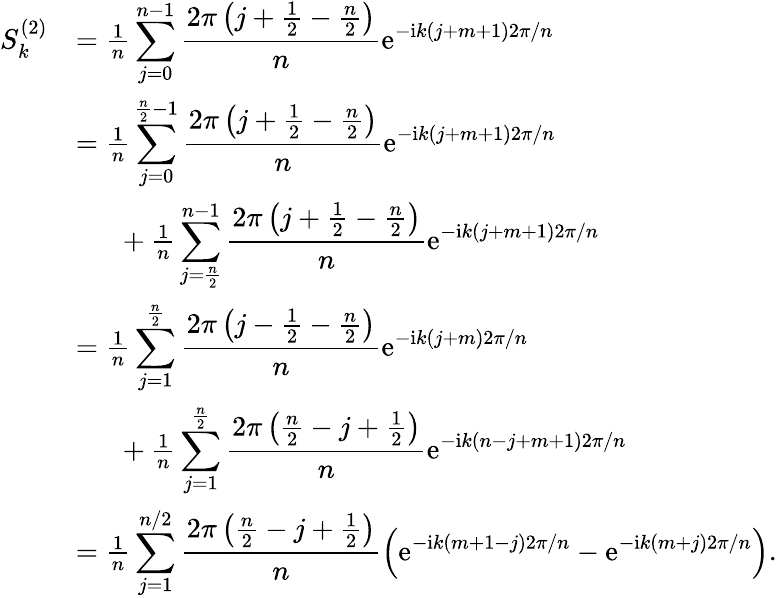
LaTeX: \begin{array}{rl}{S_{k}^{(2)}}&{=\frac{1}{n}\displaystyle\sum_{j=0}^{n-1}\frac{2\pi\left(j+\frac{1}{2}-\frac{n}{2}\right)}{n}\mathrm{e}^{-\mathrm{i}k(j+m+1)2\pi/n}}\\ &{=\frac{1}{n}\displaystyle\sum_{j=0}^{\frac{n}{2}-1}\frac{2\pi\left(j+\frac{1}{2}-\frac{n}{2}\right)}{n}\mathrm{e}^{-\mathrm{i}k(j+m+1)2\pi/n}}\\ &{\phantom{2pc}+\frac{1}{n}\displaystyle\sum_{j=\frac{n}{2}}^{n-1}\frac{2\pi\left(j+\frac{1}{2}-\frac{n}{2}\right)}{n}\mathrm{e}^{-\mathrm{i}k(j+m+1)2\pi/n}}\\ &{=\frac{1}{n}\displaystyle\sum_{j=1}^{\frac{n}{2}}\frac{2\pi\left(j-\frac{1}{2}-\frac{n}{2}\right)}{n}\mathrm{e}^{-\mathrm{i}k(j+m)2\pi/n}}\\ &{\phantom{2pc}+\frac{1}{n}\displaystyle\sum_{j=1}^{\frac{n}{2}}\frac{2\pi\left(\frac{n}{2}-j+\frac{1}{2}\right)}{n}\mathrm{e}^{-\mathrm{i}k(n-j+m+1)2\pi/n}}\\ &{=\frac{1}{n}\displaystyle\sum_{j=1}^{n/2}\frac{2\pi\left(\frac{n}{2}-j+\frac{1}{2}\right)}{n}\left(\mathrm{e}^{-\mathrm{i}k(m+1-j)2\pi/n}-\mathrm{e}^{-\mathrm{i}k(m+j)2\pi/n}\right).}\end{array}